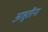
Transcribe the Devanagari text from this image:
आहुतींना